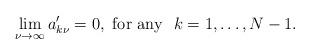
LaTeX: \begin{align*}\lim_{\nu\to\infty} a'_{k\nu} = 0, {\rm \ for\ any\ \ } k=1,\dots,N-1.\end{align*}